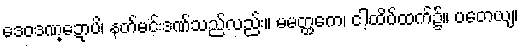
ဒေဝဒဏ္ဍောပိ၊ နတ်မင်းဒဏ်သည်လည်း။ မမတ္ထကေ၊ ငါ့ထိပ်ထက်၌။ ပတေယျ၊